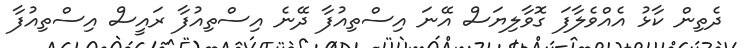
ދެތިން ކާޅު އެއްވެލާފަ ގޮވާލިޔަސް އޭނަ އިސްތިއުފާ ދޭނެ އިސްތިއުފާ ރައީސް އިސްތިއުފާ